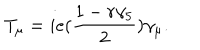
T _ { \mu } = i e ( { \frac { 1 - r \gamma _ { 5 } } { 2 } } ) \gamma _ { \mu } .